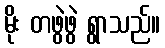
မိုး တဖွဲဖွဲ ရွာသည်။